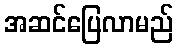
အဆင်ပြေလာမည်